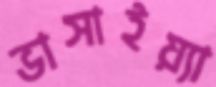
ভাসাইয়্যা